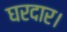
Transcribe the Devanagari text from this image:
घरदार।